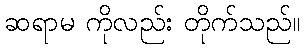
ဆရာမ ကိုလည်း တိုက်သည်။